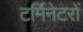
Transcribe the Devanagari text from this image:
टर्मिनेटरों